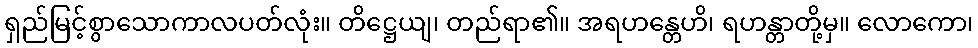
ရှည်မြင့်စွာသောကာလပတ်လုံး။ တိဋ္ဌေယျ၊ တည်ရာ၏။ အရဟန္တေဟိ၊ ရဟန္တာတို့မှ။ လောကော၊